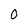
Character: 0